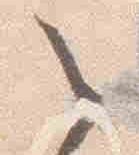
之